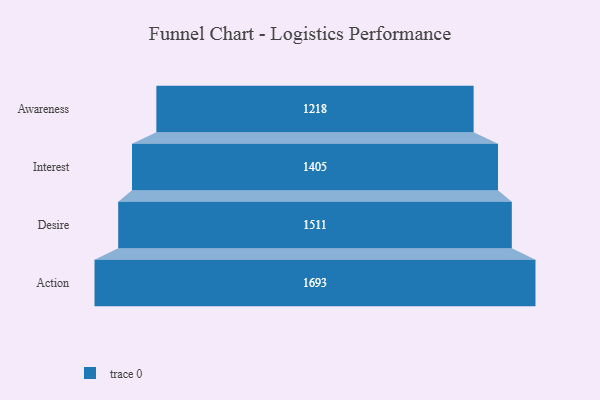
{"axis": {"x": "Stage", "y": "Value"}, "legend": [""], "data": [{"x": "Awareness", "y": 1218.0, "type": ""}, {"x": "Interest", "y": 1405.0, "type": ""}, {"x": "Desire", "y": 1511.0, "type": ""}, {"x": "Action", "y": 1693.0, "type": ""}]}